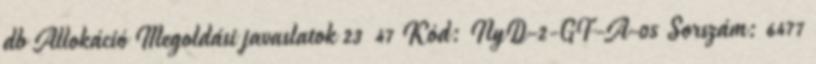
db Allokáció Megoldási javaslatok 23 47 Kód: NyD-2-GF-A-05 Sorszám: 6477